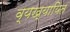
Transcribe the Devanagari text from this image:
व्यख्यायित